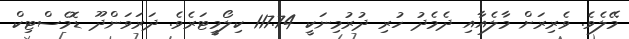
މޭލެވެ. ވެރިރަށް މާލެއާއި ދެމެދު ހުރި ދުރުމިނަކީ 117.74 ކިލޯމީޓަރެވެ. ދަރަވަންދޫ ޑޮމެސްޓިކް